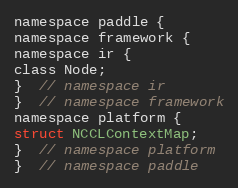
Language: C
namespace paddle {
namespace framework {
namespace ir {
class Node;
}  // namespace ir
}  // namespace framework
namespace platform {
struct NCCLContextMap;
}  // namespace platform
}  // namespace paddle